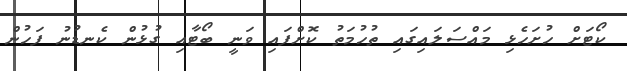
ކޯޓަށް ހުށަހެޅި މައްސަލައިގައި ތުހުމަތު ކޮށްފައި ވަނީ ބޯޓާއި ގުޅުން ކެނޑުނު ފަހުން